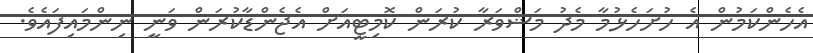
އެހެންކަމުން އެ ހުށަހެޅުމާ މެދު މަޝްވަރާ ކުރަން ކޮމިޓީއަށް އެޖެންޑާކުރަން ވަނީ ނިންމައިފައެވެ.